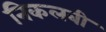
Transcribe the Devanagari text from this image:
निकलबी